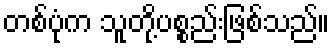
တစ်ပုံက သူတို့ပစ္စည်းဖြစ်သည်။